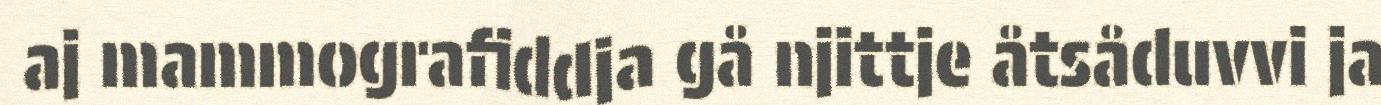
aj mammografiddja gå njittje åtsåduvvi ja